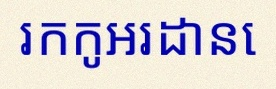
រកកូអរដោនេ